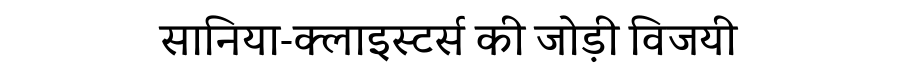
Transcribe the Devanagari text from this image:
सानिया-क्लाइस्टर्स की जोड़ी विजयी